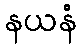
နယနံ